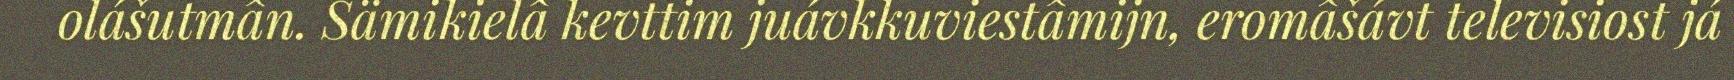
olášutmân. Sämikielâ kevttim juávkkuviestâmijn, eromâšávt televisiost já